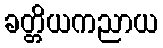
ခတ္တိယကညာယ